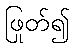
ဖြုတ်၍